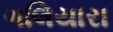
ગલિયારા